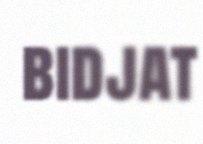
bidjat